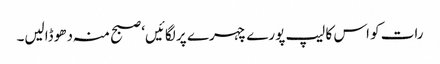
رات کو اس کا لیپ پورے چہرے پر لگائیں‘ صبح منہ دھو ڈالیں۔